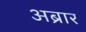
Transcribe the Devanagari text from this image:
अब्रार